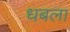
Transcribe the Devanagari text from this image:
धबला